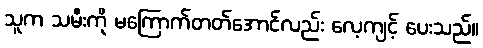
သူက သမီးကို မကြောက်တတ်အောင်လည်း လေ့ကျင့် ပေးသည်။